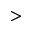
>